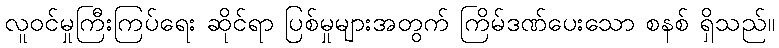
လူဝင်မှုကြီးကြပ်ရေး ဆိုင်ရာ ပြစ်မှုများအတွက် ကြိမ်ဒဏ်ပေးသော စနစ် ရှိသည်။